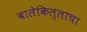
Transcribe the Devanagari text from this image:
बालेकिल्लाचा